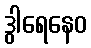
ဒွါရေနေဝ